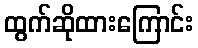
ထွက်ဆိုထားကြောင်း